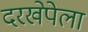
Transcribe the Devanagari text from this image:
दरखेपेला